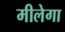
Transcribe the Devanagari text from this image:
मीलेगा